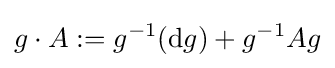
g\cdot A:=g^{-1}(\mathrm {d} g)+g^{-1}Ag